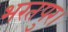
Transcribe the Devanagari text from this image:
भरतपुर।